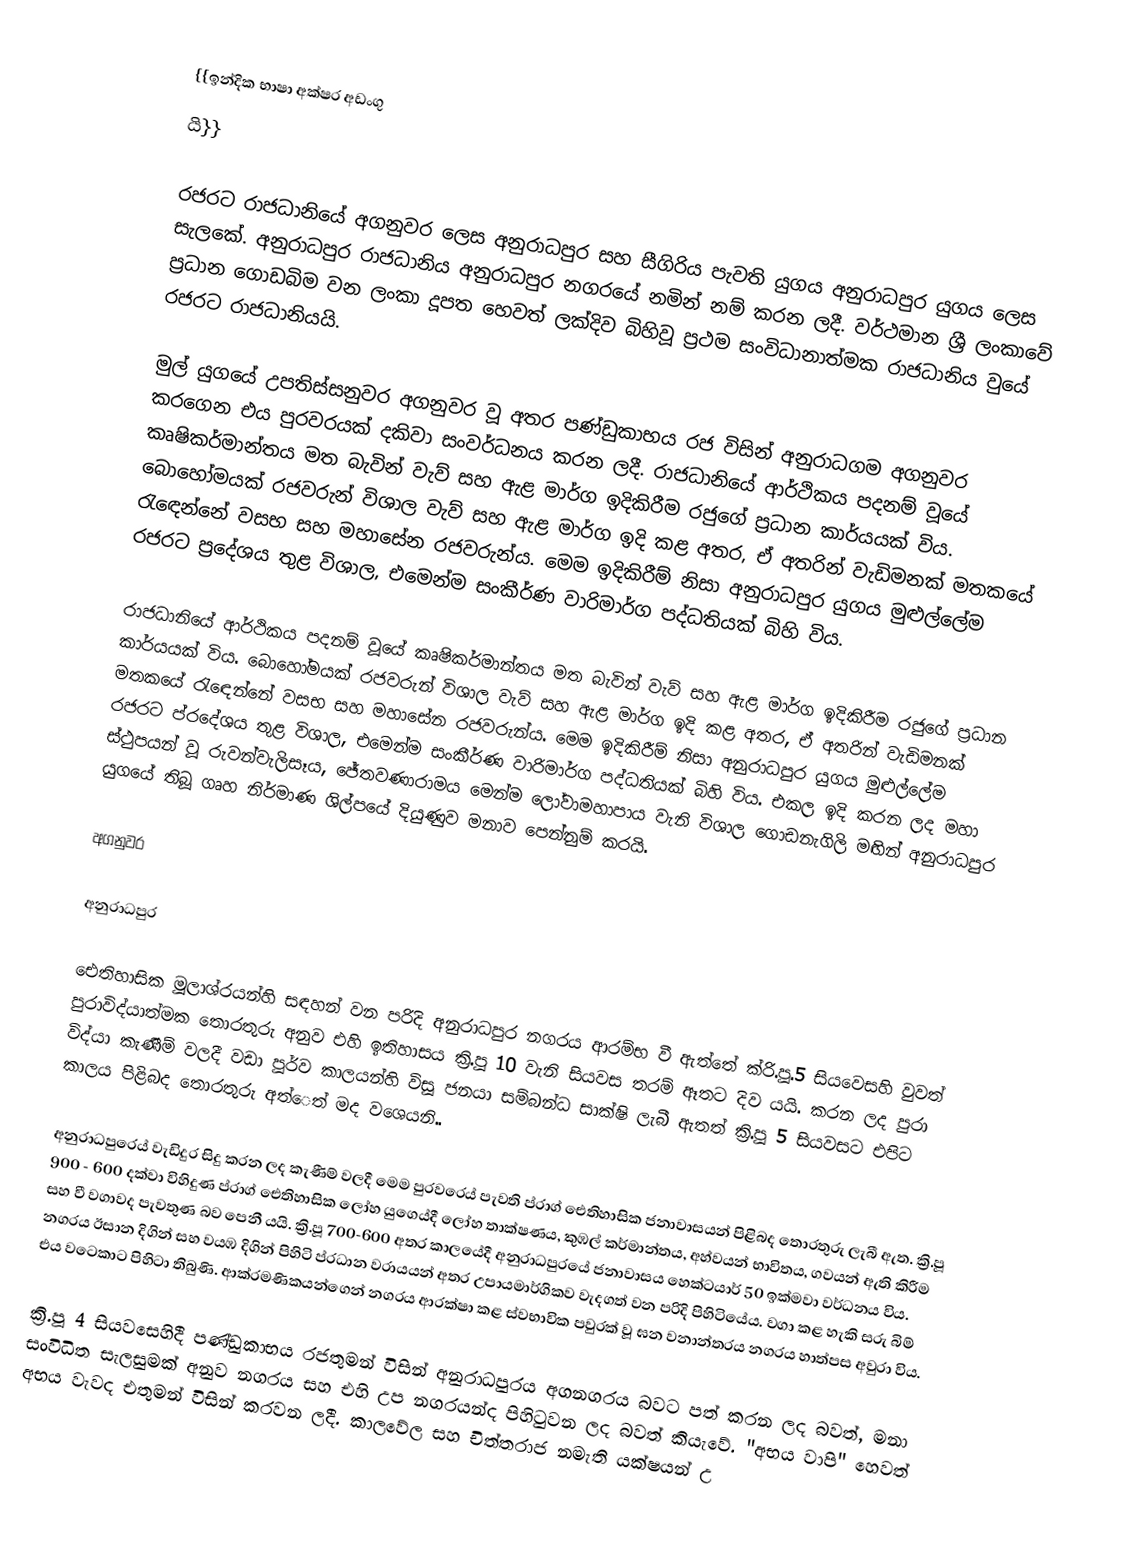
{{ඉන්දික භාෂා අක්ෂර අඩංගු
යි}}

රජරට රාජධානියේ අගනුවර ලෙස අනුරාධපුර සහ සීගිරිය පැවති යුගය අනුරාධපුර යුගය ලෙස සැලකේ. අනුරාධපුර රාජධානිය අනුරාධපුර නගරයේ නමින් නම් කරන ලදී. වර්ථමාන ශ්‍රී ලංකාවේ ප්‍රධාන ගොඩබිම වන ලංකා දූපත හෙවත් ලක්දිව බිහිවූ ප්‍රථම සංවිධානාත්මක රාජධානිය වුයේ රජරට රාජධානියයි.

මුල් යුගයේ උපතිස්සනුවර අගනුවර වූ අතර පණ්ඩුකාභය රජ විසින් අනුරාධගම අගනුවර කරගෙන එය පුරවරයක් දකිවා සංවර්ධනය කරන ලදී. රාජධානියේ ආර්ථිකය පදනම් වූයේ කෘෂිකර්මාන්තය මත බැවින් වැව් සහ ඇළ මාර්ග ඉදිකිරීම රජුගේ ප්‍රධාන කාර්යයක් විය. බොහෝමයක් රජවරුන් විශාල වැව් සහ ඇළ මාර්ග ඉදි කළ අතර, ඒ අතරින් වැඩිමනක් මතකයේ රැඳෙන්නේ වසභ සහ මහාසේන රජවරුන්ය. මෙම ඉදිකිරීම් නිසා අනුරාධපුර යුගය මුළුල්ලේම රජරට ප්‍රදේශය තුළ විශාල, එමෙන්ම සංකීර්ණ වාරිමාර්ග පද්ධතියක් බිහි විය.

රාජධානියේ ආර්ථිකය පදනම් වූයේ කෘෂිකර්මාන්තය මත බැවින් වැව් සහ ඇළ මාර්ග ඉදිකිරීම රජුගේ ප්‍රධාන කාර්යයක් විය. බොහෝමයක් රජවරුන් විශාල වැව් සහ ඇළ මාර්ග ඉදි කළ අතර, ඒ අතරින් වැඩිමනක් මතකයේ රැඳෙන්නේ වසභ සහ මහාසේන රජවරුන්ය. මෙම ඉදිකිරීම් නිසා අනුරාධපුර යුගය මුළුල්ලේම රජරට ප්රදේශය තුළ විශාල, එමෙන්ම සංකීර්ණ වාරිමාර්ග පද්ධතියක් බිහි විය. එකල ඉදි කරන ලද මහා ස්ථුපයන් වූ රුවන්වැලිසෑය, ජේතවණාරාමය මෙන්ම ලෝවාමහාපාය වැනි විශාල ගොඩනැගිලි මඟින් අනුරාධපුර යුගයේ තිබූ ගෘහ නිර්මාණ ශිල්පයේ දියුණුව මනාව පෙන්නුම් කරයි.

අගනුවර

අනුරාධපුර

ඓතිහාසික මූලාශ්රයන්හි සඳහන් වන පරිදි අනුරාධපුර නගරය ආරම්භ වී ඇත්තේ ක්රි.පූ.5 සියවෙසහි වුවත් පුරාවිද්යාත්මක තොරතුරු අනුව එහි ඉතිහාසය ක්‍රි.පූ 10 වැනි සියවස තරම් ඈතට දිව යයි. කරන ලද පුරා විද්යා කැණීම් වලදී වඩා පූර්ව කාලයන්හි විසූ ජනයා සම්බන්ධ සාක්ෂි ලැබී ඇතත් ක්‍රි.පූ 5 සියවසට එපිට කාලය පිළිබද තොරතුරු අත්ෙත් මද වශෙයනි..

අනුරාධපුරෙය් වැඩිදුර සිදු කරන ලද කැණීම් වලදී මෙම පුරවරෙය් පැවති ප්රාග් ඓතිහාසික ජනාවාසයන් පිළිබද තොරතුරු ලැබී ඇත. ක්‍රි.පූ 900 - 600 දක්වා විහිදුණ ප්රාග් ඓතිහාසික ලෝහ යුගෙය්දී ලෝහ තාක්ෂණය, කුඹල් කර්මාන්තය, අහ්වයන් භාවිතය, ගවයන් ඇති කිරීම සහ වී වගාවද පැවතුණ බව පෙනී යයි. ක්‍රි.පූ 700-600 අතර කාලයේදී අනුරාධපුරයේ ජනාවාසය හෙක්ටයාර් 50 ඉක්මවා වර්ධනය විය. නගරය ඊසාන දිගින් සහ වයඹ දිගින් පිහිටි ප්රධාන වරායයන් අතර උපායමාර්ගිකව වැදගත් වන පරිදි පිහිටියේය. වගා කළ හැකි සරු බිම් එය වටෙකාට පිහිටා තිබුණි. ආක්රමණිකයන්ගෙන් නගරය ආරක්ෂා කළ ස්වභාවික පවුරක් වූ ඝන වනාන්තරය නගරය හාත්පස අවුරා විය.

ක්‍රි.පූ 4 සියවසෙහිදී පණ්ඩුකාභය රජතුමන් විසින් අනුරාධපුරය අගනගරය බවට පත් කරන ලද බවත්, මනා සංවිධිත සැලසුමක් අනුව නගරය සහ එහි උප නගරයන්ද පිහිටුවන ලද බවත් කියැවේ. "අභය වාපි" හෙවත් අභය වැවද එතුමන් විසින් කරවන ලදී. කාලවේල සහ චිත්තරාජ නමැති යක්ෂයන් උ